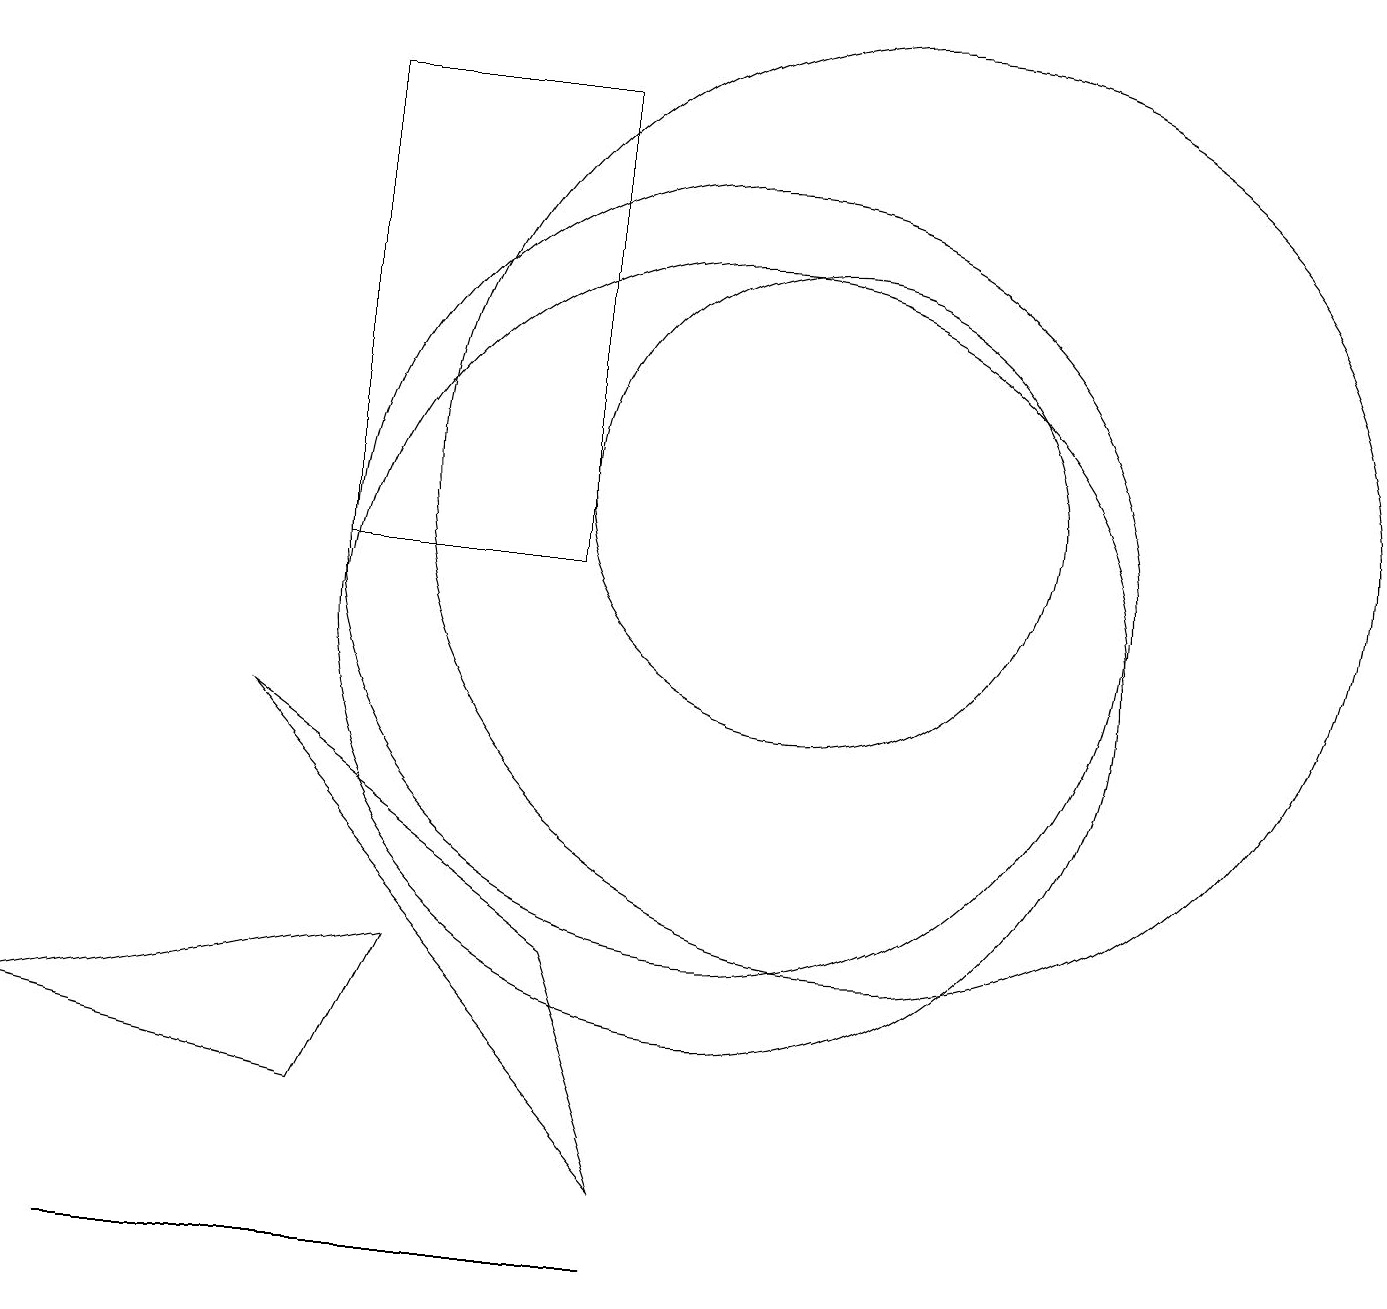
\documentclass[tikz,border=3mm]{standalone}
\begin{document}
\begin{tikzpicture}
\draw (5,17) rectangle (8,11);
\draw (9,3) -- (4,9) -- (8,6) -- cycle;
\draw (10,10) circle (5);
\draw (12,12) circle (6);
\draw (2,2) -- (3,2) -- (9,2) -- cycle;
\draw (11,12) circle (3);
\draw (10,11) circle (5);
\draw (5,4) -- (1,5) -- (6,6) -- cycle;
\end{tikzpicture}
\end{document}